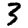
Digit: 3